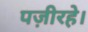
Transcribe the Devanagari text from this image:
पज़ीरहे।